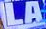
LA